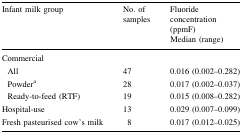
<table><thead><tr><td><b>Infant milk group</b></td><td><b>No. of samples</b></td><td><b>Fluoride concentration (ppmF)Median (range)</b></td></tr></thead><tbody><tr><td colspan="3">Commercial</td></tr><tr><td> All</td><td>47</td><td>0.016 (0.002–0.282)</td></tr><tr><td> Powder<sup>a</sup></td><td>28</td><td>0.017 (0.002–0.037)</td></tr><tr><td> Ready-to-feed (RTF)</td><td>19</td><td>0.015 (0.008–0.282)</td></tr><tr><td>Hospital-use</td><td>13</td><td>0.029 (0.007–0.099)</td></tr><tr><td>Fresh pasteurised cow’s milk</td><td>8</td><td>0.017 (0.012–0.025)</td></tr></tbody></table>